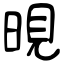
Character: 晛